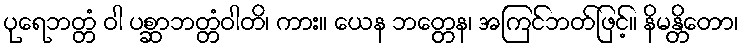
ပုရေဘတ္တံ ဝါ ပစ္ဆာဘတ္တံဝါတိ၊ ကား။ ယေန ဘတ္တေန၊ အကြင်ဘတ်ဖြင့်။ နိမန္တိတော၊